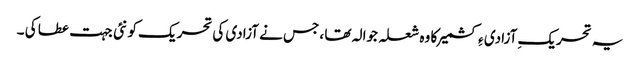
یہ تحریکِ آزادی ءِ کشمیر کا وہ شعلہ جوالہ تھا ، جس نے آزادی کی تحریک کو نئی جہت عطا کی ۔